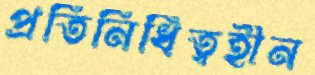
প্রতিনিধিত্বহীন